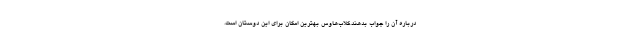
درباره آن را جواب بدهند.كلاب‌هاوس بهترين امكان براي اين دوستان است.